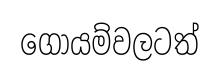
ගොයම්වලටත්